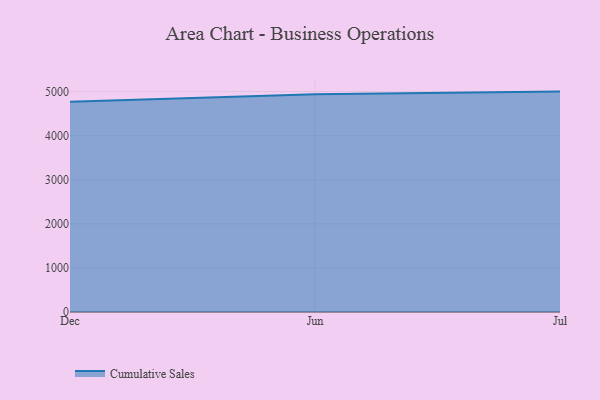
{"axis": {"x": "Month", "y": "Population (Million)"}, "legend": ["Cumulative Sales"], "data": [{"x": "Dec", "y": 4768.8, "type": "Cumulative Sales"}, {"x": "Jun", "y": 4937.9, "type": "Cumulative Sales"}, {"x": "Jul", "y": 5000, "type": "Cumulative Sales"}]}